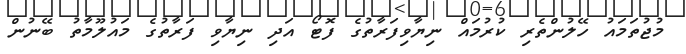
މުޖުތަމައު ހޭލުންތެރި ކުރުމައް ނިޔާވިފަރާތުގެ ފޮޓޯ އަދި ނިޔާވި ފަރާތުގެ މައުލޫމާތު ބޭނުން